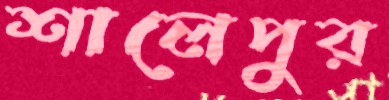
শালেপুর